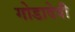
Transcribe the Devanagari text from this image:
गोडादेवी